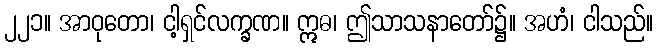
၂၂၁။ အာဝုတော၊ ငါ့ရှင်လက္ခဏ။ ဣဓ၊ ဤသာသနာတော်၌။ အဟံ၊ ငါသည်။